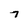
Character: 7